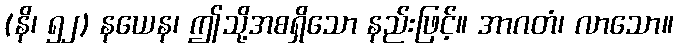
(နိ၊ ၅၂) နယေန၊ ဤသို့အစရှိသော နည်းဖြင့်။ အာဂတံ၊ လာသော။